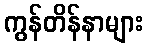
ကွန်တိန်နာများ